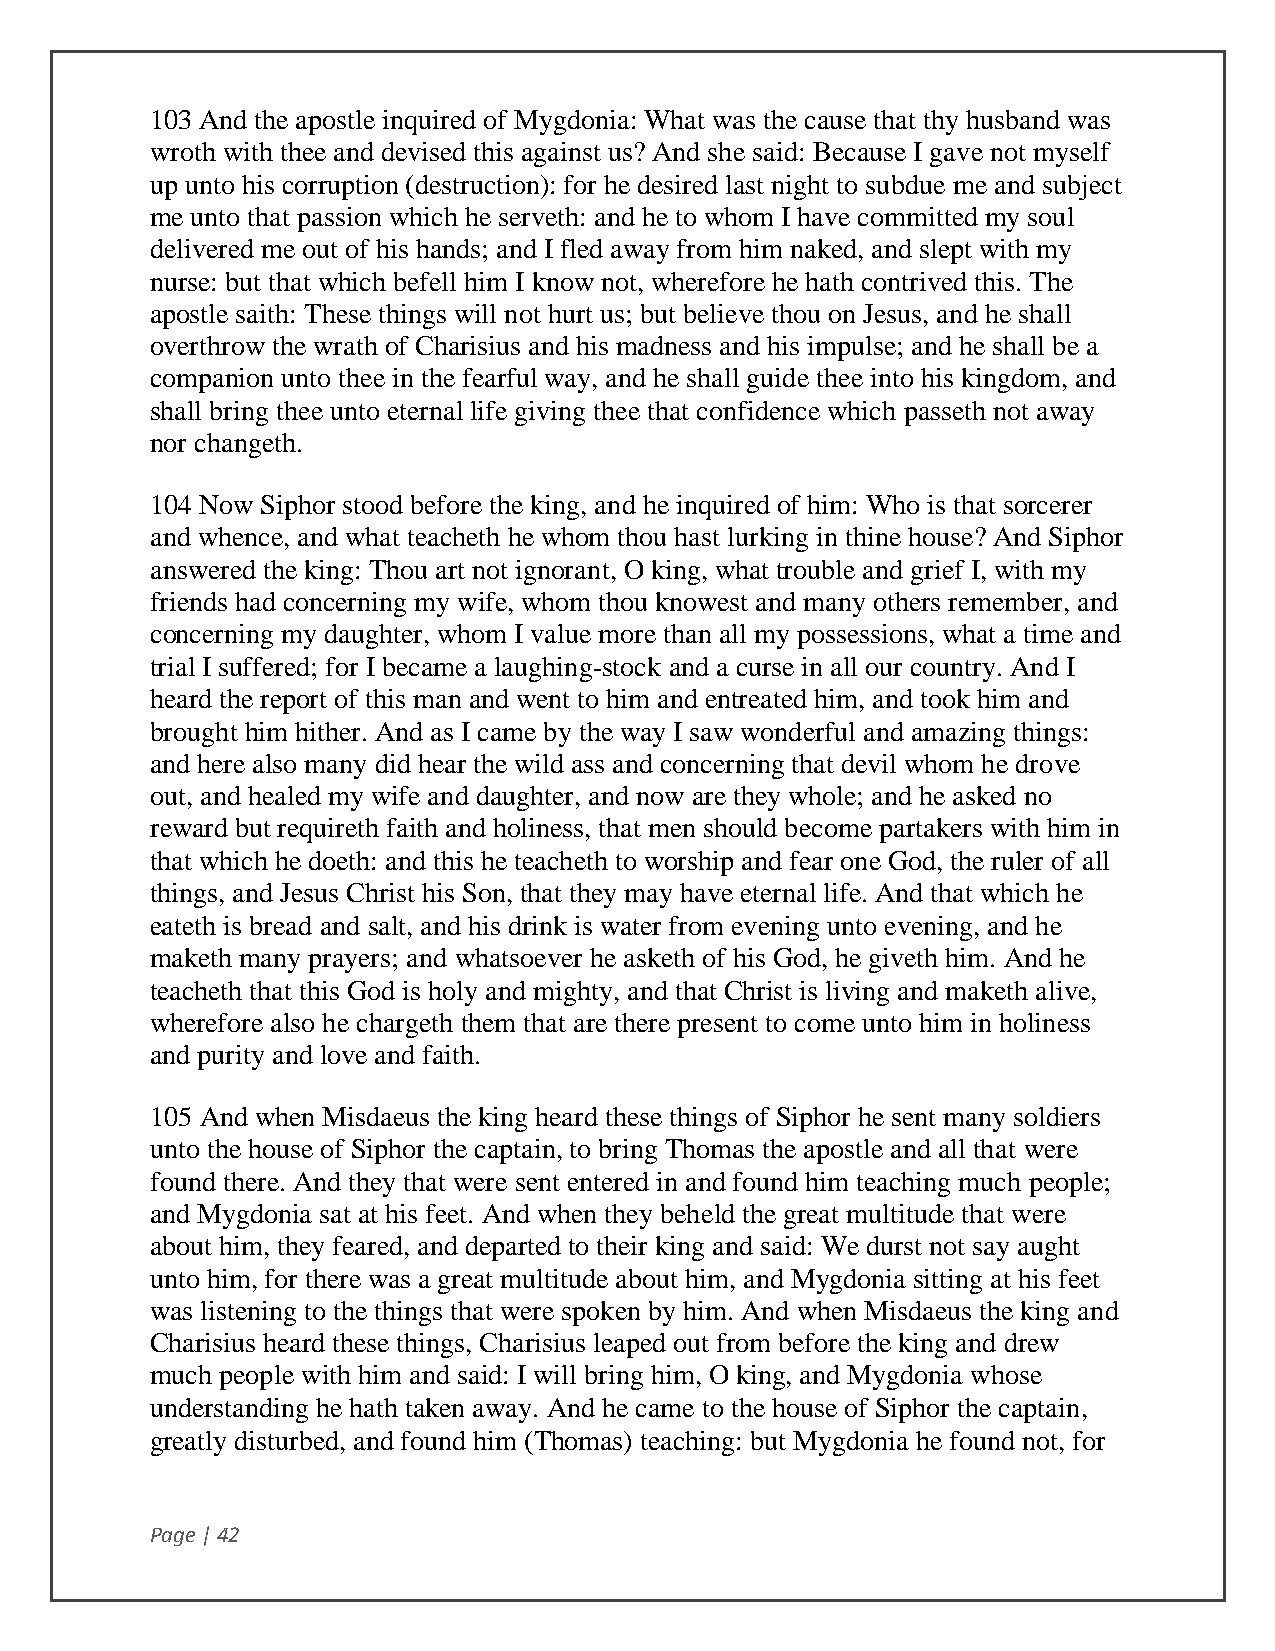
103 And the apostle inquired of Mygdonia: What was the cause that thy husband was
 wroth with thee and devised this against us? And she said: Because I gave not myself
 up unto his corruption (destruction): for he desired last night to subdue me and subject
 me unto that passion which he serveth: and he to whom I have committed my soul
 delivered me out of his hands; and I fled away from him naked, and slept with my
 nurse: but that which befell him I know not, wherefore he hath contrived this. The
 apostle saith: These things will not hurt us; but believe thou on Jesus, and he shall
 overthrow the wrath of Charisius and his madness and his impulse; and he shall be a
 companion unto thee in the fearful way, and he shall guide thee into his kingdom, and
 shall bring thee unto eternal life giving thee that confidence which passeth not away
 nor changeth.
 104 Now Siphor stood before the king, and he inquired of him: Who is that sorcerer
 and whence, and what teacheth he whom thou hast lurking in thine house? And Siphor
 answered the king: Thou art not ignorant, O king, what trouble and grief I, with my
 friends had concerning my wife, whom thou knowest and many others remember, and
 concerning my daughter, whom I value more than all my possessions, what a time and
 trial I suffered; for I became a laughing-stock and a curse in all our country. And I
 heard the report of this man and went to him and entreated him, and took him and
 brought him hither. And as I came by the way I saw wonderful and amazing things:
 and here also many did hear the wild ass and concerning that devil whom he drove
 out, and healed my wife and daughter, and now are they whole; and he asked no
 reward but requireth faith and holiness, that men should become partakers with him in
 that which he doeth: and this he teacheth to worship and fear one God, the ruler of all
 things, and Jesus Christ his Son, that they may have eternal life. And that which he
 eateth is bread and salt, and his drink is water from evening unto evening, and he
 maketh many prayers; and whatsoever he asketh of his God, he giveth him. And he
 teacheth that this God is holy and mighty, and that Christ is living and maketh alive,
 wherefore also he chargeth them that are there present to come unto him in holiness
 and purity and love and faith.
 105 And when Misdaeus the king heard these things of Siphor he sent many soldiers
 unto the house of Siphor the captain, to bring Thomas the apostle and all that were
 found there. And they that were sent entered in and found him teaching much people;
 and Mygdonia sat at his feet. And when they beheld the great multitude that were
 about him, they feared, and departed to their king and said: We durst not say aught
 unto him, for there was a great multitude about him, and Mygdonia sitting at his feet
 was listening to the things that were spoken by him. And when Misdaeus the king and
 Charisius heard these things, Charisius leaped out from before the king and drew
 much people with him and said: I will bring him, O king, and Mygdonia whose
 understanding he hath taken away. And he came to the house of Siphor the captain,
 greatly disturbed, and found him (Thomas) teaching: but Mygdonia he found not, for
 Page | 42